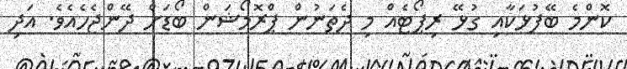
ކޮންމެ ބޭފުޅަކާއި ގުޅޭ ރިޕޯޓެއް މި ދެތަނުން ޕްރޮމޯޝަން ބޯޑަށް ދޭންޖެހެއެވެ. އަދި